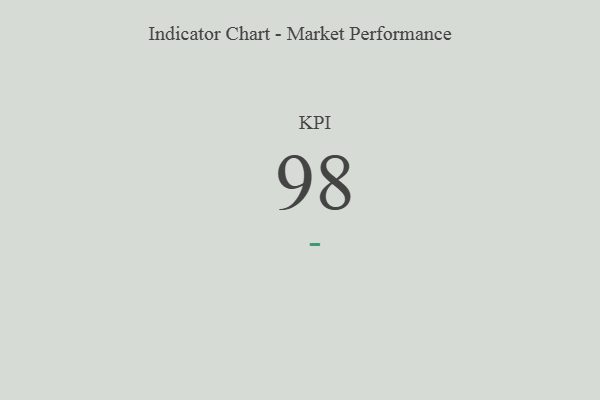
{"axis": {"x": "KPI", "y": "Value"}, "legend": [""], "data": [{"x": "KPI", "y": 98, "type": ""}]}